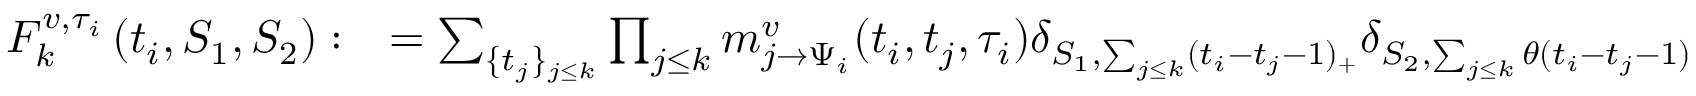
\begin{array} { r l } { F _ { k } ^ { v , \tau _ { i } } \left( t _ { i } , S _ { 1 } , S _ { 2 } \right) : } & { = \sum _ { \{ t _ { j } \} _ { j \leq k } } \prod _ { j \leq k } m _ { j \to \Psi _ { i } } ^ { v } ( t _ { i } , t _ { j } , \tau _ { i } ) \delta _ { S _ { 1 } , \sum _ { j \leq k } ( t _ { i } - t _ { j } - 1 ) _ { + } } \delta _ { S _ { 2 } , \sum _ { j \leq k } \theta ( t _ { i } - t _ { j } - 1 ) } } \end{array}